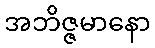
အဘိဇ္ဇမာနော